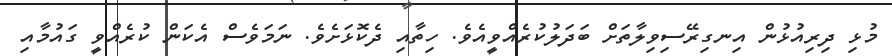
މުޅި ދިރިއުޅުން އިނގިރޭސިވިލާތަށް ބަދަލުކުރެއްވީއެވެ. ހިތާއި ދެކޮޅަށެވެ. ނަމަވެސް އެކަން ކުރެއްވީ ގައުމާއި